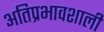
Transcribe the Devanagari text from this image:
अतिप्रभावशाली